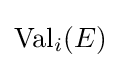
\operatorname {Val} _{i}(E)